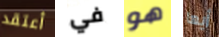
أعتقد في هو أيها